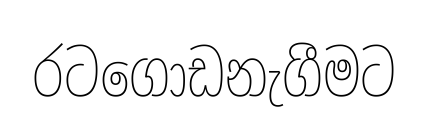
රටගොඩනැගීමට